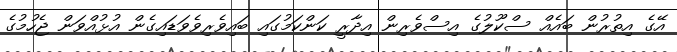
އޭގެ އިތުރުން ބައެއް ސްކޫލުގެ އިސްވެރިން އިދާރީ ކަންކަމުގައި ބައިވެރިވެވަޑައިގެން އުޅުއްވަން ޖެހުމުގެ